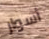
أسوار